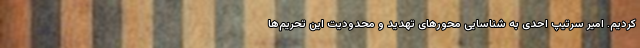
کردیم. امیر سرتیپ احدی به شناسایی محورهای تهدید و محدودیت این تحریم‌ها